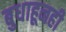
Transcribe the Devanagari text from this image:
बुधाहूनही